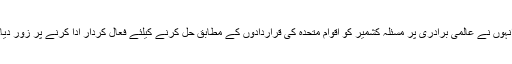
انہوں نے عالمی برادری پر مسئلہ کشمیر کو اقوام متحدہ کی قراردادوں کے مطابق حل کرنے کیلئے فعال کردار ادا کرنے پر زور دیا۔